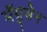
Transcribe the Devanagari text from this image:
मॅग्नुसेन